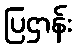
ပြဌာန်း